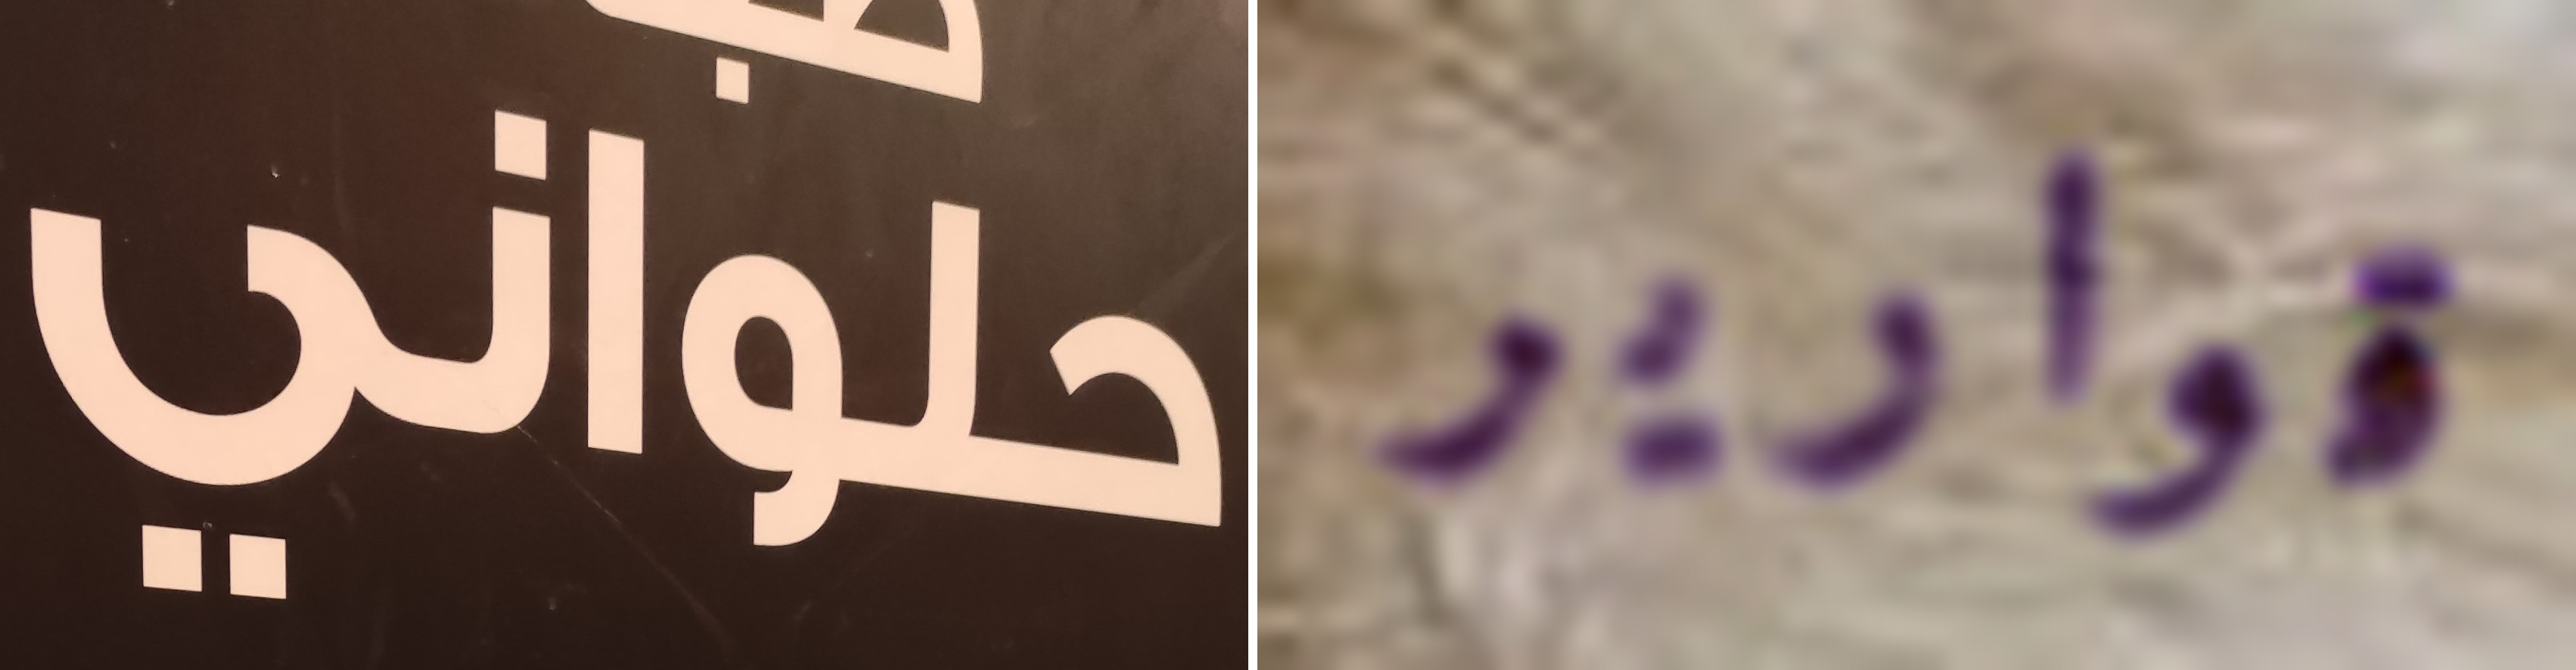
حلواني قوارير